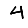
Digit: 4